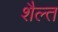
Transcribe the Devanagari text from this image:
शैल्त